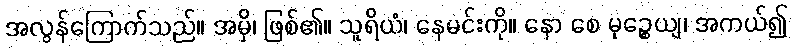
အလွန်ကြောက်သည်။ အမှိ၊ ဖြစ်၏။ သူရိယံ၊ နေမင်းကို။ နော စေ မုဉ္စေယျ၊ အကယ်၍